Annual report on the working of the mental hospitals in the Madras Presidency - 1912-1932
Year: 1912
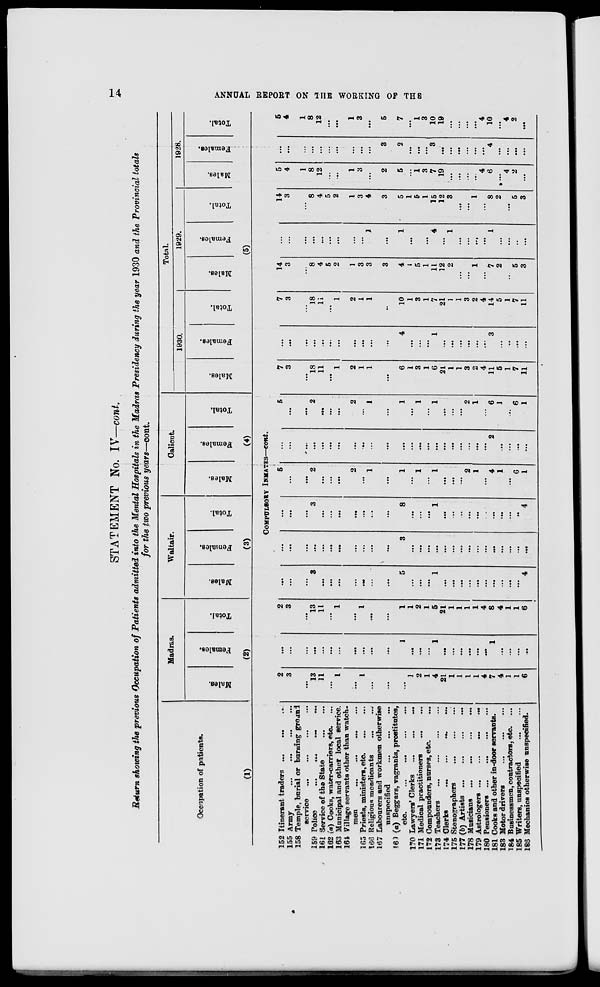
14
ANNUAL REPORT ON THE WORKING OF THE
STATEMENT No. IV—cont.
Return showing the previous Occupation of Patients admitted into the Mental Hospitals in the Madras Presidency during the year 1930 and the Provincial totals
for the two previous years—cont.
Occupation of patients.
(1)
152
155
158
159
161
162
163
164
165
166
167
(6)
170
171
172
173
174
175
177
178
179
180
181
183
184
185
186
Itinerant traders ...
...
...
Army
...
...
...
...
Temple, burial or burning ground
service
...
...
...
...
Police
...
...
...
...
Service of the State
...
...
(a) Cooks, water-carriers, etc. ...
Municipal and other local service.
Village servants other than watch-
men
...
...
... ...
Priests, ministers, etc.
...
...
Religious mendicants
...
...
Labourers and workmen otherwise
unspecified
...
...
...
(a) Beggars, vagrants, prostitutes,
etc.
...
...
...
...
Lawyers' Clerks
...
...
...
Medical practitioners
...
...
Compounders, nurses, etc. ...
Teachers ... ... ... ...
Clerks
...
...
...
...
Stenographers
...
(b) Artists ...
...
...
...
Musicians ... ... ... ...
Astrologers
...
...
...
...
Pensioners ...
...
...
...
Cooks and other in-door servants.
Motor drivers
... ... ...
Businessmen, contractors, etc. ...
Writers, unspecified ... ...
Mechanics otherwise unspecified.
Madras.
Males.
Females.
Total.
(2)
Waltair.
Males.
Females.
Total.
(3)
Calicut.
Males.
Females.
Total.
(4)
Total.
1930.
Males.
Females.
Total.
1929.
Males.
Females.
Total.
1928.
Males.
Females.
Total.
(5)
COMPULSORY INMATES—cont.
2
3
...
13
11
...
1
...
1
...
...
...
1
2
1
4
21
1
1
1
1
4
7
4
1
1
6
...
...
...
...
...
...
...
...
...
...
...
1
...
...
...
1
...
...
...
...
...
...
1
...
...
...
...
2
3
...
13
11
...
1
...
1
...
...
1
1
2
1
5
21
1
1
1
1
4
8
4
1
1
6
...
...
...
3
...
...
...
...
...
...
...
5
...
...
...
1
...
...
...
...
...
...
...
...
...
...
4
...
...
...
...
...
...
...
...
...
...
...
3
...
...
...
...
...
...
...
...
...
...
...
...
...
...
...
...
...
...
3
...
...
...
...
...
...
...
8
...
...
...
1
...
...
...
...
...
...
...
...
...
...
4
5
...
...
2
...
...
...
2
...
1
...
1
...
1
...
1
...
...
...
2
1
...
4
1
...
6
1
...
...
...
...
...
...
...
...
...
...
...
...
...
...
...
...
...
...
...
...
...
...
2
...
...
...
...
5
...
...
2
...
...
...
2
...
1
...
1
...
1
...
1
...
...
...
2
1
...
6
1
...
6
1
7
3
...
18
11
...
1
2
1
1
...
6
1
3
1
6
21
1
1
3
2
4
11
5
1
7
11
...
...
...
...
...
...
...
...
...
...
...
4
...
...
...
1
...
...
...
...
...
...
3
...
...
...
...
7
3
...
18
11
...
1
2
1
1
...
10
1
3
1
7
21
1
1
3
2
4
14
5
1
7
11
14
3
...
8
4
5
2
1
3
3
3
4
1
5
1
11
12
2
...
...
1
...
7
2
...
5
3
...
...
...
...
...
...
...
...
...
1
...
1
...
...
...
4
...
1
...
...
...
...
1
...
...
...
...
14
3
...
8
4
5
2
1
3
4
3
5
1
5
1
15
12
3
...
...
1
...
8
2
...
5
3
5
4
1
8
12
...
...
1
3
...
2
5
...
1
3
7
19
...
...
...
...
4
6
...
4
2
...
...
...
...
...
...
...
...
...
...
...
3
2
...
...
...
3
...
...
...
...
...
...
4
...
...
...
...
5
4
1
8
12
...
...
1
3
...
5
7
...
1
3
10
19
...
...
...
...
4
10
...
4
2
...